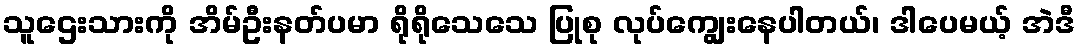
သူဌေးသားကို အိမ်ဦးနတ်ပမာ ရိုရိုသေသေ ပြုစု လုပ်ကျွေးနေပါတယ်၊ ဒါပေမယ့် အဲဒီ